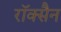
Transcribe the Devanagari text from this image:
रॉक्सैन